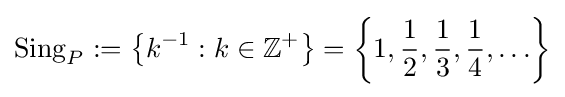
\operatorname {Sing} _{P}:=\left\{k^{-1}:k\in \mathbb {Z} ^{+}\right\}=\left\{1,{\frac {1}{2}},{\frac {1}{3}},{\frac {1}{4}},\ldots \right\}